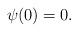
LaTeX: \begin{align*}\psi(0)=0.\end{align*}